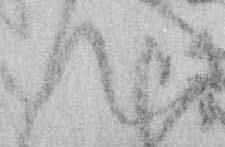
て